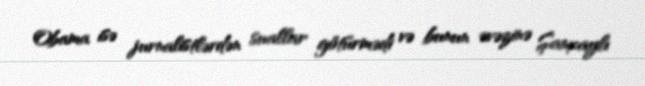
Obama isə jurnalistlərdən suallar götürmədi və bunun əvəzinə Şanxaylı